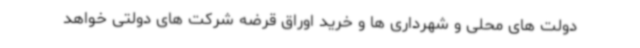
دولت های محلی و شهرداری ها و خرید اوراق قرضه شرکت های دولتی خواهد